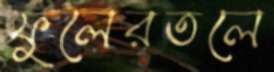
ফুলেরতলে